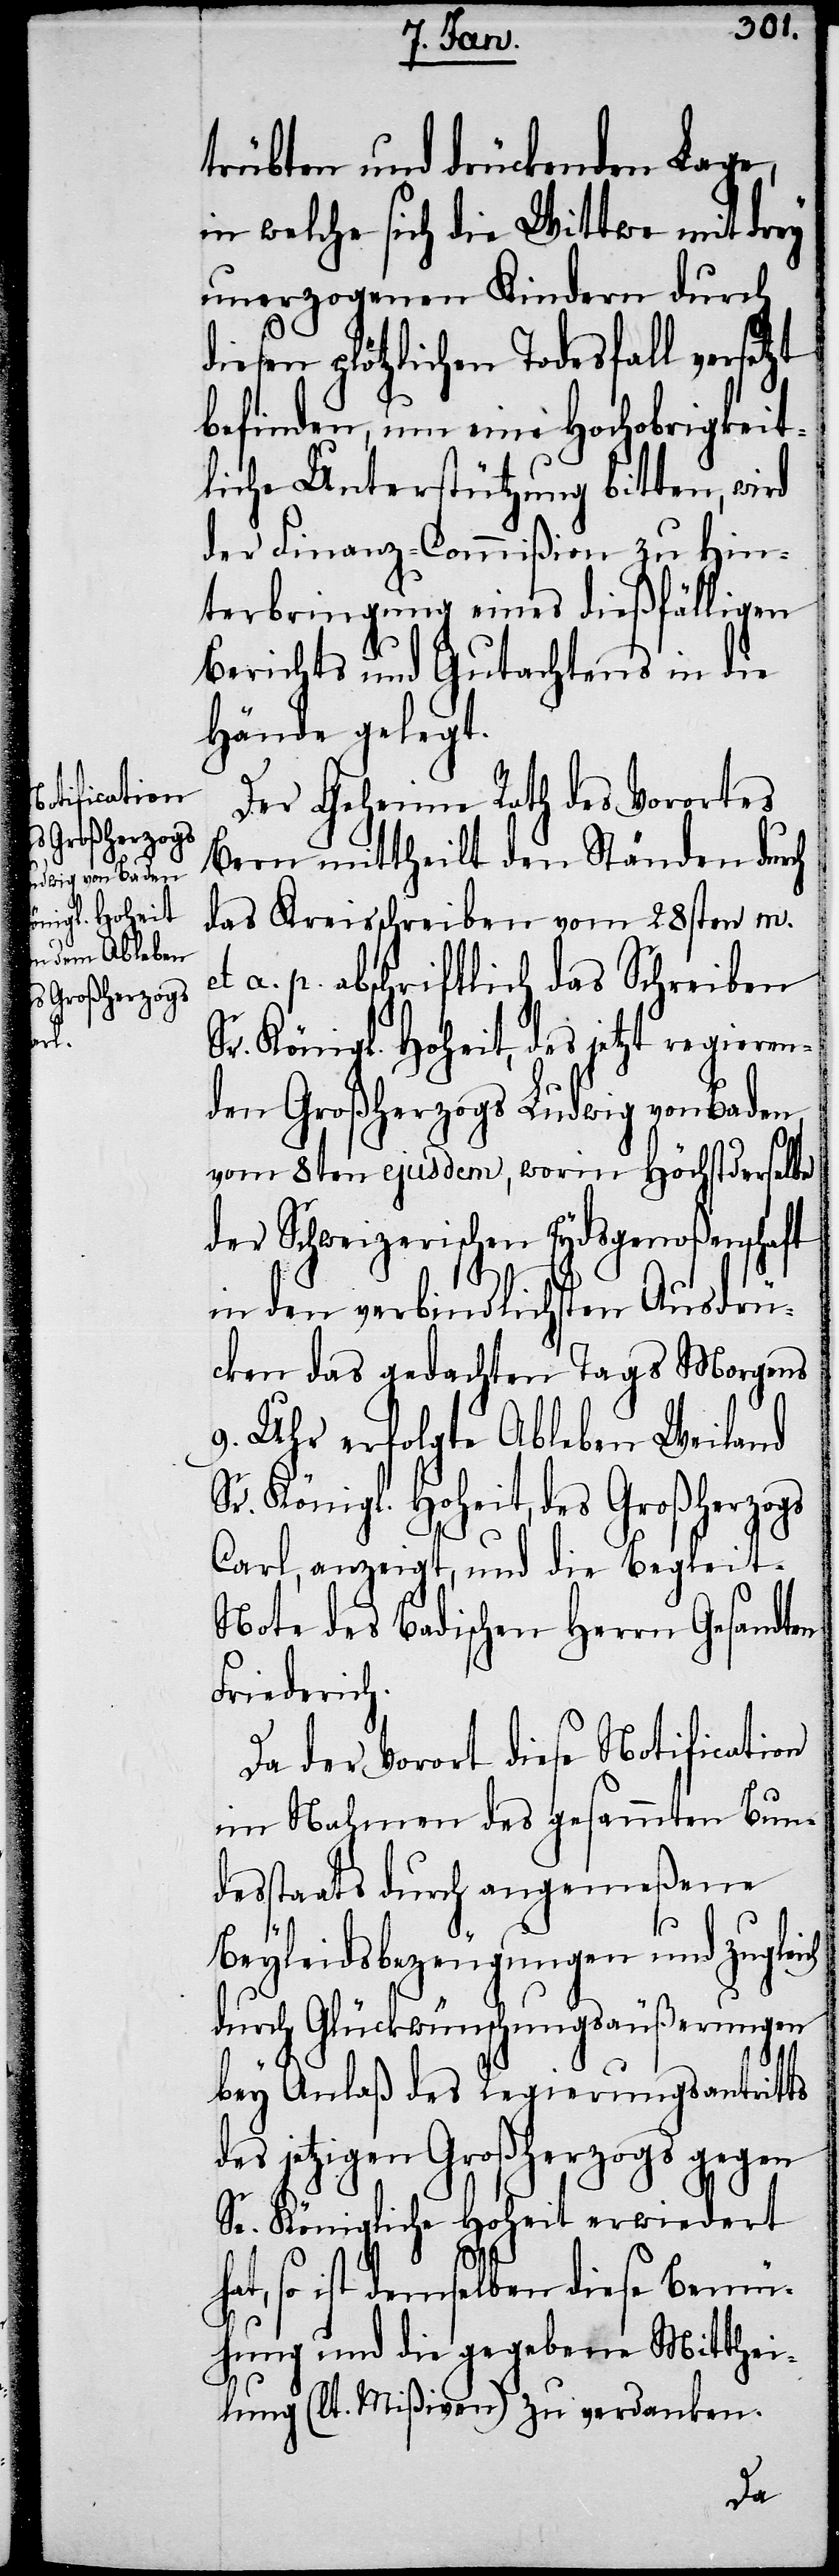
trübten und drückenden Lage,
in welche sich die Wittwe mit drey
unerzogenen Kindern durch
diesen plötzlichen Todesfall versetzt
befinden, um eine Hochobrigkeit¬
liche Unterstützung bitten, wird
der Finanz-Commißion zu Hin¬
terbringung eines dießfälligen
Berichts und Gutachtens in die
Hände gelegt.
Der Geheime Rath des Vorortes
Bern mittheilt den Ständen durch
das Kreisschreiben vom 28sten m.
et a. p. abschriftlich das Schreiben
Sr. Königl. Hoheit, des jetzt regieren¬
den Großherzogs Ludwig von Baden,
vom 8ten ejusdem, worin Höchtsderselbe
der Schweizerischen Eydsgenoßenschaft
in den verbindlichsten Ausdrü¬
cken das gedachten Tags Morgens
9. Uhr erfolgte Ableben Weiland
Sr. Königl. Hoheit, des Großherzogs
Carl, anzeigt, und die Begleit-N¬
ote des Badischen Herrn Gesandten
Friedrich.
Da der Vorort diese Notification
im Nahmen des gesammten Bun¬
desstaats durch angemeßene
Beyleidsbezeugungen und zugleich
durch Glückwünschungsäußerungen
bey Anlaß des Regieurungsantritts
des jetzigen Großherzogs gegen
Se. Königliche Hoheit erwiedert
so ist demselben diese Bemü¬
hung und die gegebene Mitthei¬
lung (lt. Mißiven) zu verdanken.